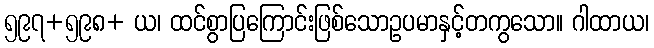
၅၉၇+၅၉၈+ ယ၊ ထင်စွာပြကြောင်းဖြစ်သောဥပမာနှင့်တကွသော။ ဂါထာယ၊